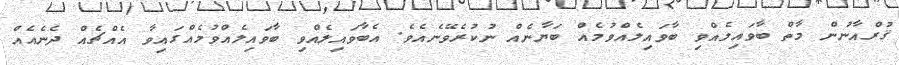
ޤުރްއާނުން މާތް ބާވައިލެއްވި ބާވައިލެއްވުމެއް ބަޔާނެއް ނުކުރެވޭނެއެވެ. އެބާވައިލެއްވި ބާވައިލެއްވުމެއްގައިވާ އެއްޗެއް ދެނެއެއް